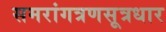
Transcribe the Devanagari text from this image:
समरांगत्रणसूत्रधार